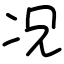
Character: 况